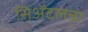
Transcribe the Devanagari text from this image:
सिॲटलचा